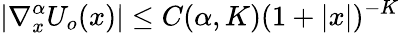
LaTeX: |\nabla_{x}^{\alpha}U_{o}(x)|\le C(\alpha,K)(1+|x|)^{-K}